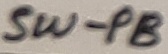
Text: SW-PB